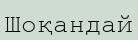
Шоқандай